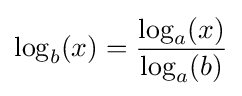
\log _{b}(x)={\frac {\log _{a}(x)}{\log _{a}(b)}}